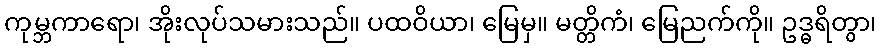
ကုမ္ဘကာရော၊ အိုးလုပ်သမားသည်။ ပထဝိယာ၊ မြေမှ။ မတ္တိကံ၊ မြေညက်ကို။ ဥဒ္ဓရိတွာ၊